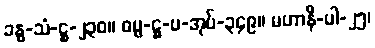
ခန္ဓ-သံ-ဋ္ဌ-၂၃၀။ ဓမ္မ-ဋ္ဌ-ပ-အုပ်-၃၄၉။ မဟာနိ-ပါ-၂၅၊